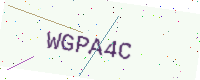
Text: WGPA4C